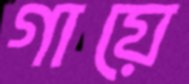
গায়ে